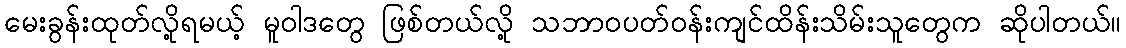
မေးခွန်းထုတ်လို့ရမယ့် မူဝါဒတွေ ဖြစ်တယ်လို့ သဘာဝပတ်ဝန်းကျင်ထိန်းသိမ်းသူတွေက ဆိုပါတယ်။